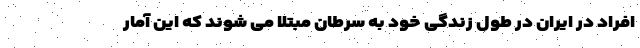
افراد در ایران در طول زندگی خود به سرطان مبتلا می شوند که این آمار